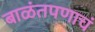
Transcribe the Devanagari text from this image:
बाळंतपणाचं